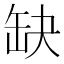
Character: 缺